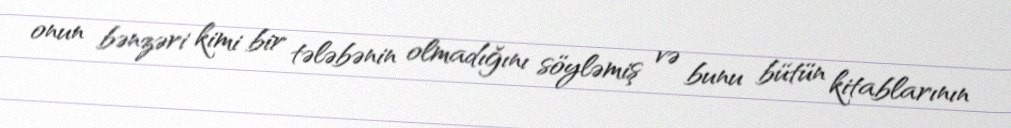
onun bənzəri kimi bir tələbənin olmadığını söyləmiş və bunu bütün kitablarının